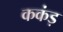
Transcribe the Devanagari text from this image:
ककंड़